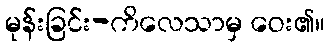
မုန်းခြင်း-ကိလေသာမှ ဝေး၏။